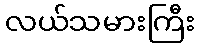
လယ်သမားကြီး